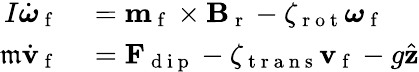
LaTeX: \begin{array}{rl}{I\dot{\boldsymbol{\omega}}_{\mathrm{~f~}}}&{{}=\mathbf{m}_{\mathrm{~f~}}\times\mathbf{B}_{\mathrm{~r~}}-\zeta_{\mathrm{~r~o~t~}}\boldsymbol{\omega}_{\mathrm{~f~}}}\\ {\mathfrak{m}\dot{\mathbf{v}}_{\mathrm{~f~}}}&{{}=\mathbf{F}_{\mathrm{~d~i~p~}}-\zeta_{\mathrm{~t~r~a~n~s~}}\mathbf{v}_{\mathrm{~f~}}-g\hat{\mathbf{z}}}\end{array}